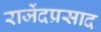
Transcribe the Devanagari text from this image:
राजेंदप्रसाद